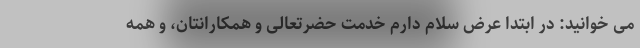
می خوانید: در ابتدا عرض سلام دارم خدمت حضرتعالی و همکارانتان، و همه